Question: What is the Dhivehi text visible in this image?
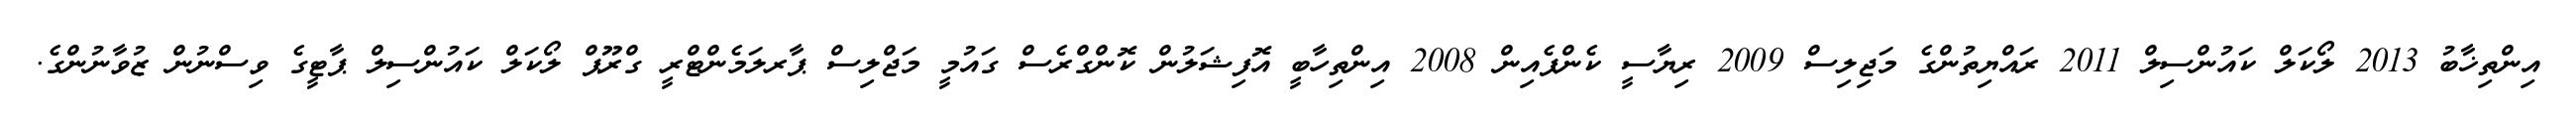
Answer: އިންތިޚާބު 2013 ލޯކަލް ކައުންސިލް 2011 ރައްޔިތުންގެ މަޖިލިސް 2009 ރިޔާސީ ކެންޕެއިން 2008 އިންތިހާބީ އޮފިޝަލުން ކޮންގްރެސް ގައުމީ މަޖްލިސް ޕާރލަމެންޓްރީ ގްރޫޕް ލޯކަލް ކައުންސިލް ޕާޓީގެ ވިސްނުން ޒުވާނުންގެ.